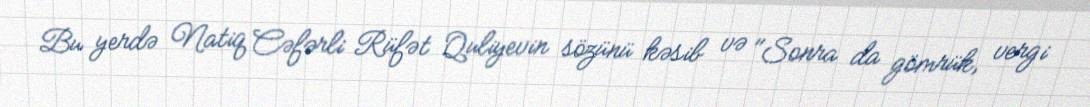
Bu yerdə Natiq Cəfərli Rüfət Quliyevin sözünü kəsib və "Sonra da gömrük, vergi